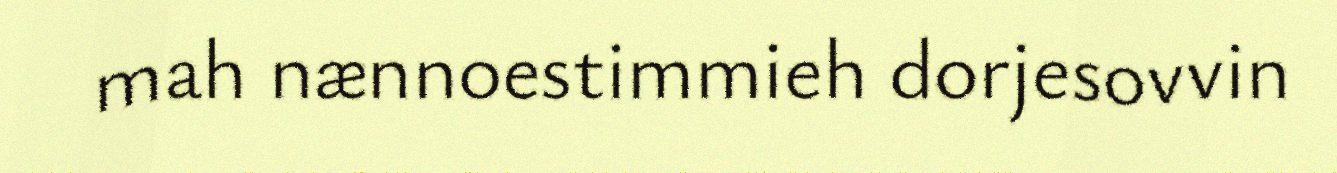
mah nænnoestimmieh dorjesovvin